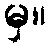
မှ။